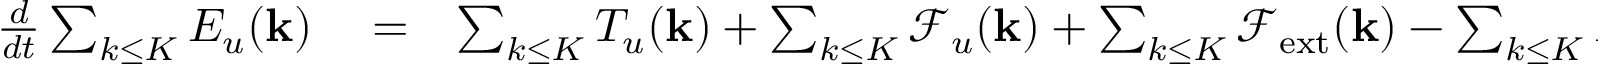
\begin{array} { r l r } { \frac { d } { d t } \sum _ { k \le K } E _ { u } ( { \bf k } ) } & { { } = } & { \sum _ { k \le K } T _ { u } ( { \bf k } ) + \sum _ { k \le K } \mathcal { F } _ { u } ( { \bf k } ) + \sum _ { k \le K } \mathcal { F } _ { \mathrm { e x t } } ( { \bf k } ) - \sum _ { k \le K } D _ { u } ( { \bf k } ) . } \end{array}